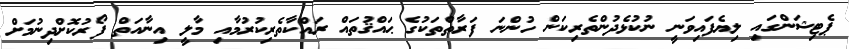
ޕެޓިޝަންގައި ލިޔެފައިވަނީ ނުކުޅެދުންތެރިކަން ހުންނަ ފަރާތްތަކުގެ ޙައްޤުތައް ރައްކާތެރިކުރުމާއި މާލީ އިނާއަތް ފޯރުކޮށްދިނުމަށް